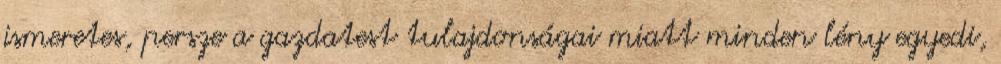
ismeretes, persze a gazdatest tulajdonságai miatt minden lény egyedi,